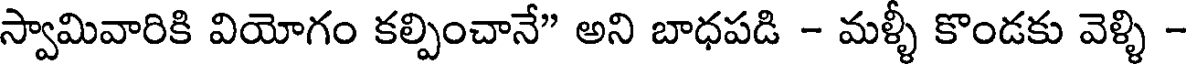
స్వామివారికి వియోగం కల్పించానే" అని బాధపడి - మళ్ళీ కొండకు వెళ్ళి -